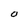
Character: O